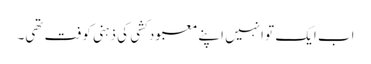
اب ایک تو انہیں اپنے معبود کشی کی ذہنی کوفت تھی۔